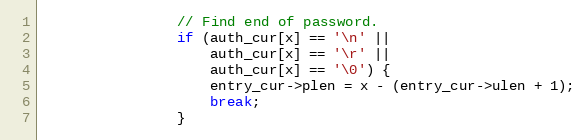
Language: C
                // Find end of password.
                if (auth_cur[x] == '\n' ||
                    auth_cur[x] == '\r' ||
                    auth_cur[x] == '\0') {
                    entry_cur->plen = x - (entry_cur->ulen + 1);
                    break;
                }